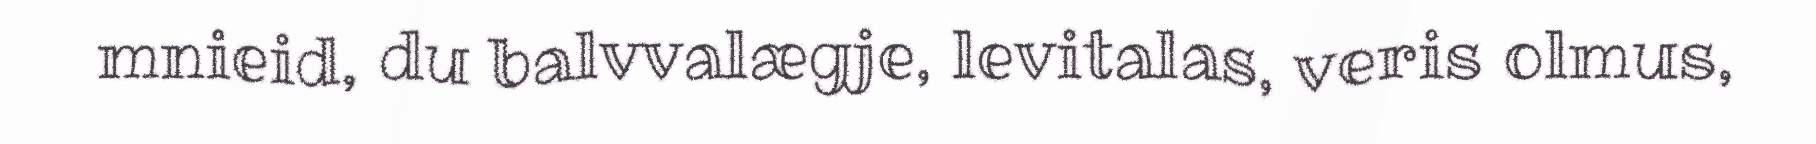
mnieid, du balvvalægje, levitalas, veris olmus,